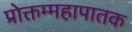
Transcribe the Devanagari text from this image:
प्रोक्तम्महापातक